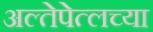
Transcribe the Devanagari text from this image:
अल्तेपेत्लच्या